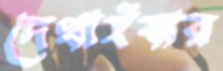
দেখাইবার